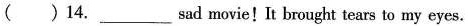
（）14. ___ sad movie! It brought tears to my eyes.